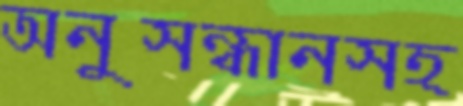
অনুসন্ধানসহ